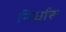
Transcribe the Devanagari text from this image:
निर्धारू